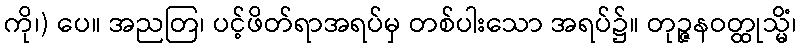
ကို၊) ပေ။ အညတြ၊ ပင့်ဖိတ်ရာအရပ်မှ တစ်ပါးသော အရပ်၌။ တုဉ္ဇနဝတ္ထုသ္မိံ၊